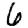
Digit: 6